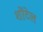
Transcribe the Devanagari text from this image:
शोंटेल